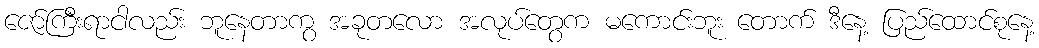
ဇော်ကြီးရာငါလည်း ဘူနေတာကွ အခုတလော အလုပ်တွေက မကောင်းဘူး တောက် ဒီနေ့ ပြည်ထောင်စုနေ့